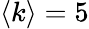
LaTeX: \langle k\rangle=5